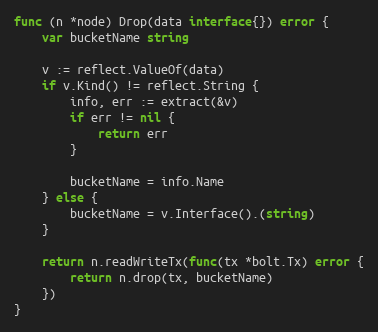
Language: Go
func (n *node) Drop(data interface{}) error {
	var bucketName string

	v := reflect.ValueOf(data)
	if v.Kind() != reflect.String {
		info, err := extract(&v)
		if err != nil {
			return err
		}

		bucketName = info.Name
	} else {
		bucketName = v.Interface().(string)
	}

	return n.readWriteTx(func(tx *bolt.Tx) error {
		return n.drop(tx, bucketName)
	})
}